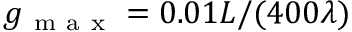
g _ { \mathrm { ~ m ~ a ~ x ~ } } = 0 . 0 1 L / ( 4 0 0 \lambda )